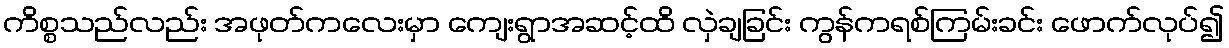
ကိစ္စသည်လည်း အဖုတ်ကလေးမှာ ကျေးရွာအဆင့်ထိ လှဲချခြင်း ကွန်ကရစ်ကြမ်းခင်း ဖောက်လုပ်၍